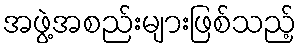
အဖွဲ့အစည်းများဖြစ်သည့်